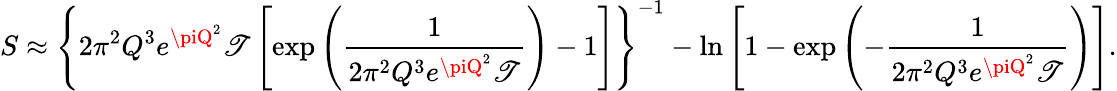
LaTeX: S\approx\left\{ 2\pi^{2}Q^{3}e^{\piQ^{2}}\mathscr{T}\left[\exp{\left({\frac{{1}}{{2\pi^{2}Q^{3}e^{\piQ^{2}}\mathscr{T}}}}\right)}-1\right]\right\} ^{-1}-\ln{\left[1-\exp{\left(-{\frac{{1}}{{2\pi^{2}Q^{3}e^{\piQ^{2}}\mathscr{T}}}}\right)}\right]}.